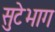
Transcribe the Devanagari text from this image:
सुटेभाग